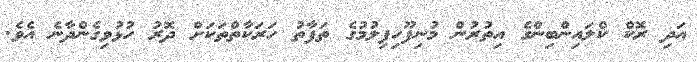
އަދި ރޮކް ކްލައިންބިންގެ އިތުރުން މުނިފޫހިފިލުމުގެ ތަފާތު ހަރަކާތްތަކަށް ދޮރު ހުޅުވިގެންދާނެ އެވެ.